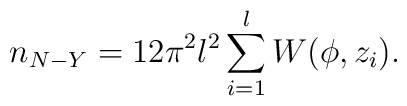
n_{N-Y}=12\pi ^2l^2\sum_{i=1}^lW(\phi ,z_i).